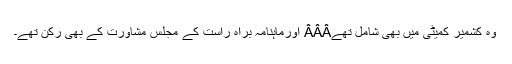
وہ کشمیر کمیٹی میں بھی شامل تھےÂÂÂ اورماہنامہ براہ راست کے مجلس مشاورت کے بھی رکن تھے۔